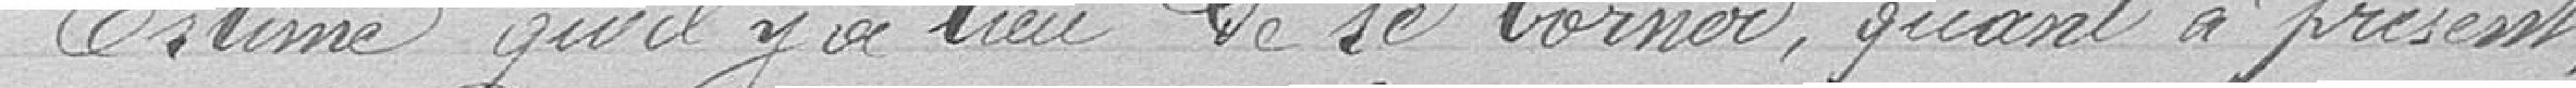
Estime qu'il y a lieu de se borner, quant à présent,